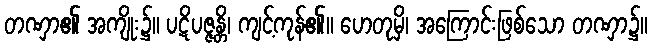
တဏှာ၏ အကျိုး၌။ ပဋိပဇ္ဇန္တိ၊ ကျင့်ကုန်၏။ ဟေတုမှိ၊ အကြောင်းဖြစ်သော တဏှာ၌။